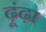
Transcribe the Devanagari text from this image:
ढ़ूंढ़ा